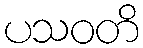
ပသဝတိ